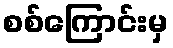
စစ်ကြောင်းမှ